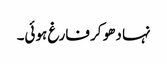
نہا دھو کر فارغ ہوئی۔